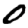
Digit: 0